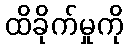
ထိခိုက်မှုကို